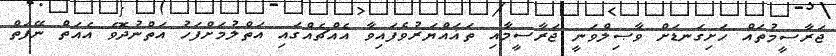
ޖަރާސީމުތައް ހަށިގަނޑަށް ވާޞިލްވަނީ ޖަރާސީމާއި ތަޣައްޔަރުވެފައިވާ އެއްޗެއްގައި އަތްލުމަށްފަހު އަތްނުދޮވެ އެއަތް ނޭފަތް